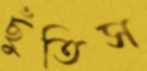
ছুঁতিস